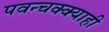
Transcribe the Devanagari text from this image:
पवन्चक्क्याही